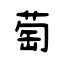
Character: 萄